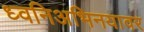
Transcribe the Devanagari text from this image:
ध्वनिअभिनयावर